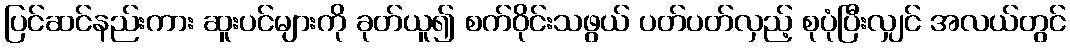
ပြင်ဆင်နည်းကား ဆူးပင်များကို ခုတ်ယူ၍ စက်ဝိုင်းသဖွယ် ပတ်ပတ်လှည့် စုပုံပြီးလျှင် အလယ်တွင်